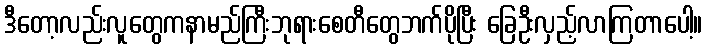
ဒီတော့လည်းလူတွေကနာမည်ကြီးဘုရားစေတီတွေဘက်ပိုပြီး ခြေဦးလှည့်လာကြတာပေါ့။